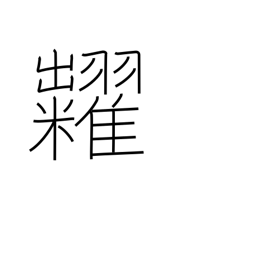
Meaning: auction